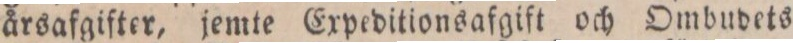
årsafgifter, jemte Expeditionsafgift och Ombudets